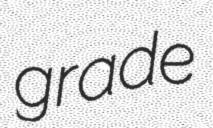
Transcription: grade